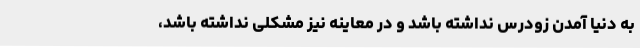
به دنیا آمدن زودرس نداشته باشد و در معاینه نیز مشکلی نداشته باشد،